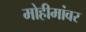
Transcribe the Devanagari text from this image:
मोहीमांवर